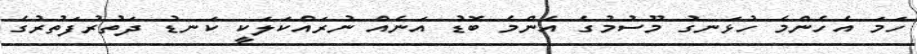
ހަމަ އެހެންމެ ހުޅަނގު މޫސުމުގެ އެންމެ ބޮޑު އަނެއް ނުރައްކަލަކީ ކަނޑު ދަތުރުފަތުރުގެ